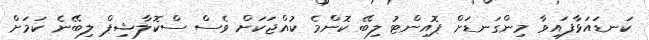
ކަނޑައަޅާފައިވާ މިންގަނޑަށް ޕޮއިންޓު ލިބޭ ކޮންމެ ކުއްޖަކަށް ވެސް ސްކޮލާޝިޕް ލިބޭނެ ކަމަށް